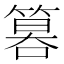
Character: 𥰻